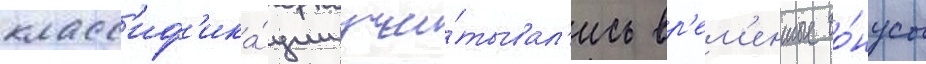
класс'иф'ика́ции учи́тывал'ись вр'ем'енные бо́нусы